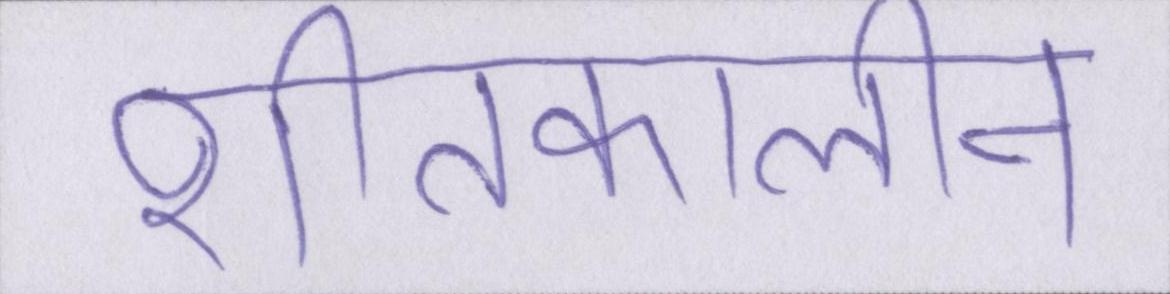
शीतकालीन